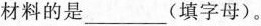
材料的是___(填字母)。